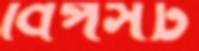
বিপসট